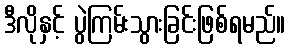
ဒီလိုနှင့် ပွဲကြမ်းသွားခြင်းဖြစ်ရမည်။